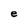
Character: e